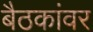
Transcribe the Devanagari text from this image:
बैठकांवर